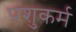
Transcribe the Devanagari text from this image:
पशुकर्म